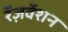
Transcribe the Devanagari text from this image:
रॅज़र्वेशन